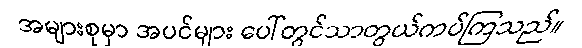
အများစုမှာ အပင်များ ပေါ်တွင်သာတွယ်ကပ်ကြသည်။